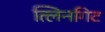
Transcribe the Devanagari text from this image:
त्लिनगिट